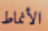
الأنماط